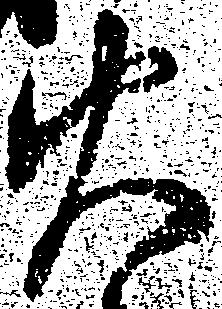
火